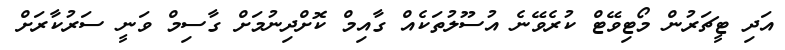
އަދި ޓީޗަރުން މޯޓިވޭޓް ކުރެވޭނެ އުސޫލުތަކެއް ގާއިމް ކޮށްދިނުމަށް ގާސިމް ވަނީ ސަރުކާރަށް